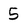
Character: 5